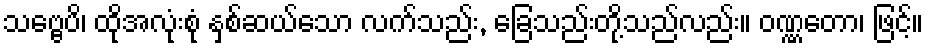
သဗ္ဗေပိ၊ ထိုအလုံးစုံ နှစ်ဆယ်သော လက်သည်း, ခြေသည်းတို့သည်လည်း။ ဝဏ္ဏတော၊ ဖြင့်။